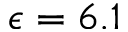
\epsilon = 6 . 1